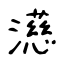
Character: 濨